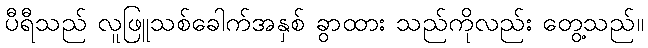
ပီရီသည် လူဖြူသစ်ခေါက်အနှစ် ခွာထား သည်ကိုလည်း တွေ့သည်။